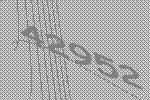
42952